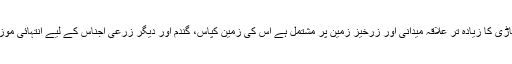
ضلع وہاڑی کا زیادہ تر علاقہ میدانی اور زرخیز زمین پر مشتمل ہے اس کی زمین کپاس، گندم اور دیگر زرعی اجناس کے لیے انتہائی موزوں ہیں۔